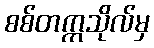
စစ်တက္ကသိုလ်မှ